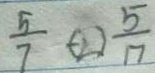
\frac { 5 } { 7 } \textcircled { < } \frac { 5 } { 1 7 }